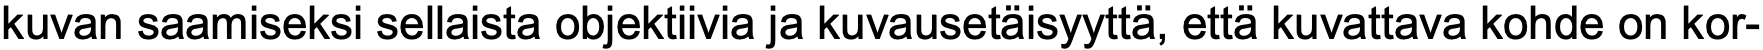
kuvan saamiseksi sellaista objektiivia ja kuvausetäisyyttä, että kuvattava kohde on kor-